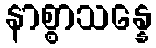
နာစ္စာသန္နေ